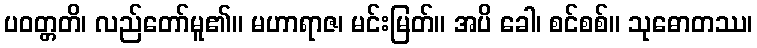
ပဝတ္တတိ၊ လည်တော်မူ၏။ မဟာရာဇ၊ မင်းမြတ်။ အပိ ခေါ၊ စင်စစ်။ သုဓောတဿ၊